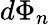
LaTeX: d\Phi_{n}